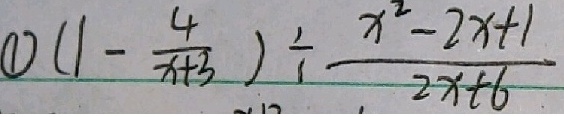
\textcircled { 1 } ( 1 - \frac { 4 } { x + 3 } ) \div \frac { x ^ { 2 } - 2 x + 1 } { 2 x + 6 }